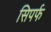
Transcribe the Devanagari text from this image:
सिपर्फ